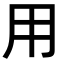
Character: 用